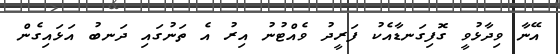
އޭނާ ވިދާޅުވީ ގޮފިގަނޑާއެކު ފަރީދު ވެއްޓުނު އިރު އެ ތަނުގައި ދަނބު އަޅައިގެން